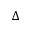
\Delta